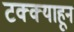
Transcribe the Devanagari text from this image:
टक्‍क्‍याहून